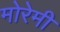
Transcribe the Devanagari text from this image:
मोरेमी